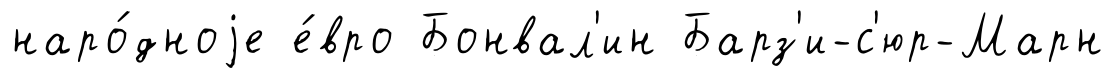
наро́дноjе е́вро Бонвал'ин Барз'и-с'юр-Марн